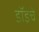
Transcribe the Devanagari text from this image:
डॉइचे